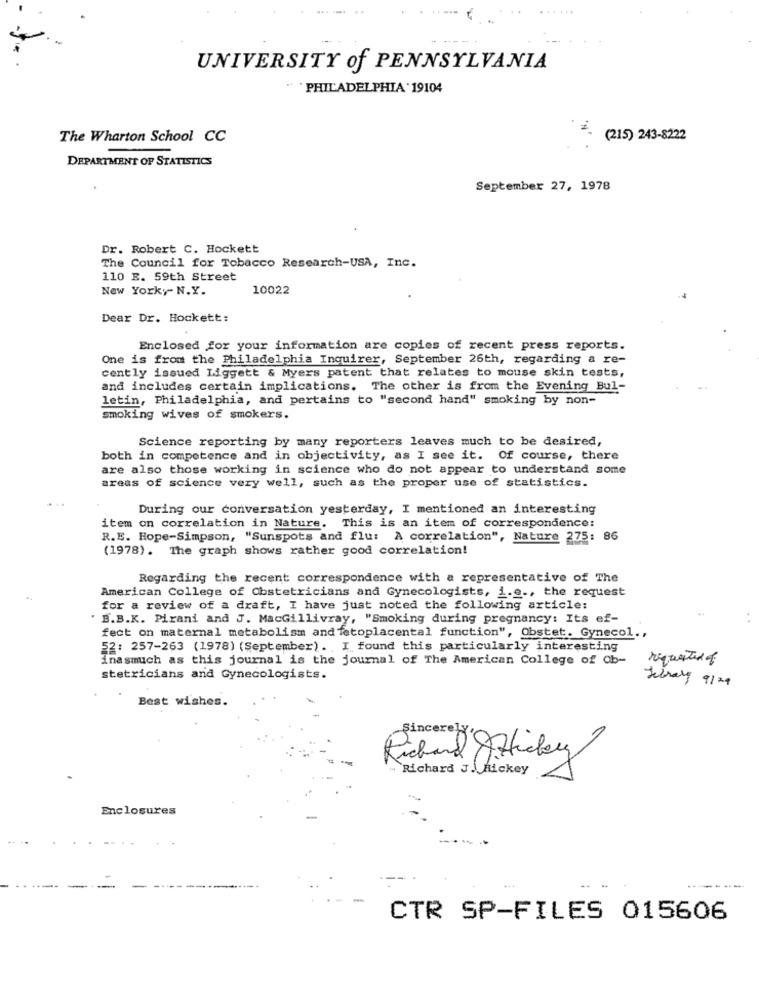
.-.. ..
UNIVERSITY of PENNSYLVANIA
" PHILADELPHIA .19104
The Wharton School CC
. (215) 243-8222
DEPARTMENT OF STATISTICS
September 27, 1978
Dr. Robert C. Hockett
The Council for Tobacco Research-USA, Inc.
110 E. 59th Street
New Yorky- N.Y.
10022
Dear Dr. Hockett:
Enclosed for your information are copies of recent press reports.
One is from the Philadelphia Inquirer, September 26th, regarding a re-
cently issued Liggett & Myers patent that relates to mouse skin tests,
and includes certain implications. The other is from the Evening Bul-
letin, Philadelphia, and pertains to "second hand" smoking by non-
smoking wives of smokers.
Science reporting by many reporters leaves much to be desired,
both in competence and in objectivity, as I see it. Of course, there
are also those working in science who do not appear to understand some
areas of science very well, such as the proper use of statistics.
During our conversation yesterday, I mentioned an interesting
item on correlation in Nature. This is an item of correspondence:
R. E. Hope-Simpson, "Sunspots and flu: A correlation", Nature 275: 86
(1978). The graph shows rather good correlation!
Regarding the recent correspondence with a representative of The
American College of Obstetricians and Gynecologists, i.e ., the request
for a review of a draft, I have just noted the following article:
. B.B.K. Pirani and J. MacGillivray, "Smoking during pregnancy: Its ef-
fect on maternal metabolism and fetoplacental function", Obstet. Gynecol .,
52: 257-263 (1978) (September). I found this particularly interesting
inasmuch as this journal is the journal of The American College of Ob-
requested of
stetricians and Gynecologists.
Jebraly 9129
Best wishes.
Sincerely
Richard JRickey
Enclosures
-
CTR SP-FILES 015606